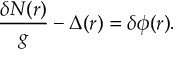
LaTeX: \frac { { \delta } { \cal { N } } ( r ) } { g } - { \Delta } ( r ) = { \delta } { \phi } ( r ) .